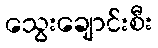
သွေးချောင်းစီး